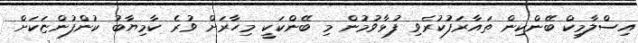
އިސްލާމިކް ބޭންކިން ތައާރަފުކުރެވި ފުޅާވުމުން މި ބޭންކަކީ މިހާރަށް ވުރެ ކާމިޔާބު ކުންފުންޏަކަށް